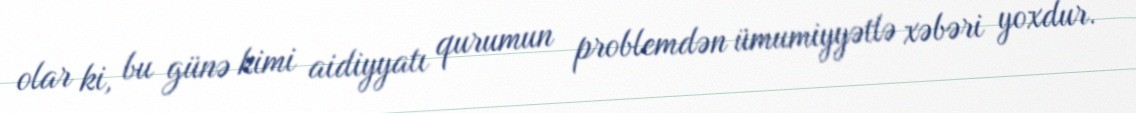
olar ki, bu günə kimi aidiyyatı qurumun problemdən ümumiyyətlə xəbəri yoxdur.